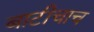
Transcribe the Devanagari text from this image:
बाटीचाच